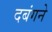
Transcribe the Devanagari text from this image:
दबंगने